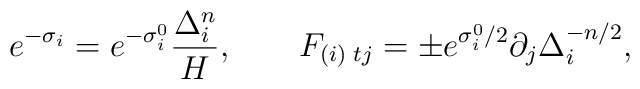
e^{-\sigma_i} =e^{-\sigma_i^0}\frac{\Delta_i^n}{ H }, \qquad{}F_{(i) \; tj} =\pm e^{\sigma_i^0/2}\partial_j {\Delta_{i}^{-n/2}},